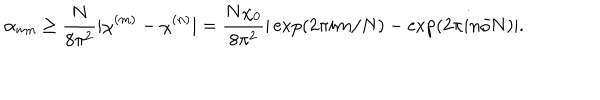
LaTeX: \alpha _ { m n } \geq \frac { N } { 8 \pi ^ { 2 } } | \chi ^ { ( m ) } - \chi ^ { ( n ) } | = \frac { N \chi _ { 0 } } { 8 \pi ^ { 2 } } | \exp ( 2 \pi i m / N ) - \exp ( 2 \pi i n / N ) | .